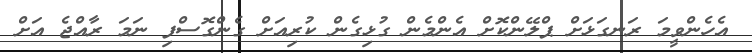
އެހެންވީމަ ރަނގަޅަށް ޕްލޭންކޮށް އެންމެން ގުޅިގެން ކުރިއަށް ގެންގޮސްފި ނަމަ ރާއްޖެ އަށް